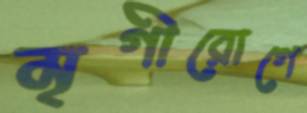
মৃগীরোগে